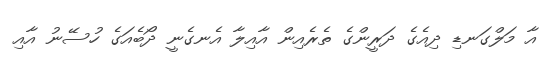
އާ މަލްގަނޑި ދިއެގެ ދަރީންގެ ތެރެއިން އާއިލާ އެނގެނީ ދޯބެއަގެ ހުސޭނު އާއި